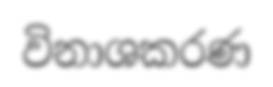
විනාශකරණ